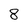
Character: 8